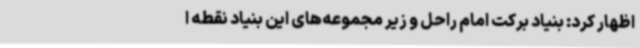
اظهار کرد: بنیاد برکت امام راحل و زیر مجموعه‌های این بنیاد نقطه ا